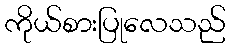
ကိုယ်စားပြုလေသည်